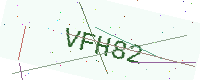
Text: VFH82